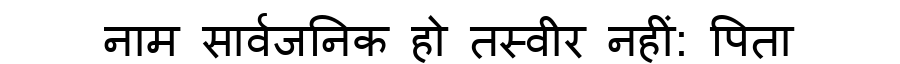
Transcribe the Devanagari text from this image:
नाम सार्वजनिक हो तस्वीर नहीं: पिता